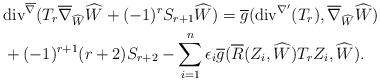
LaTeX: \begin{align*} &\mathrm{div}^{\overline{\nabla}}(T_{r}\overline{\nabla}_{\widehat{W}}\widehat{W}+(-1)^{r}S_{r+1}\widehat{W})=\overline{g}( \mathrm{div}^{\nabla'}(T_{r}),\overline{\nabla}_{\widehat{W}}\widehat{W})\\ &+(-1)^{r+1}(r+2)S_{r+2}-\sum_{i=1}^{n}\epsilon_{i}\overline{g}(\overline{R}(Z_{i},\widehat{W})T_{r}Z_{i},\widehat{W}). \end{align*}